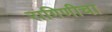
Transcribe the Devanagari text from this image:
रागिणीचा